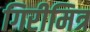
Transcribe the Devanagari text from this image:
गिरीमित्र